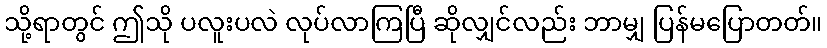
သို့ရာတွင် ဤသို ပလူးပလဲ လုပ်လာကြပြီ ဆိုလျှင်လည်း ဘာမျှ ပြန်မပြောတတ်။